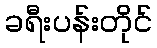
ခရီးပန်းတိုင်